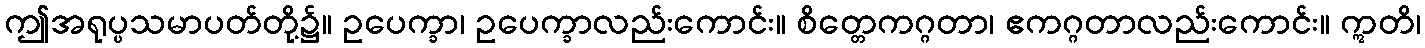
ဤအရုပ္ပသမာပတ်တို့၌။ ဥပေက္ခာ၊ ဥပေက္ခာလည်းကောင်း။ စိတ္တေကဂ္ဂတာ၊ ဧကဂ္ဂတာလည်းကောင်း။ ဣတိ၊